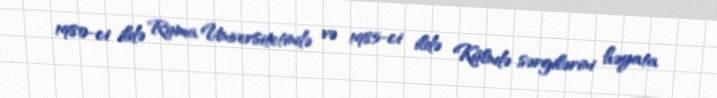
1980-ci ildə Roma Universitetində və 1985-ci ildə Kölndə sərgilərini həyata